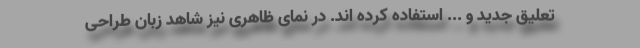
تعلیق جدید و ... استفاده کرده اند. در نمای ظاهری نیز شاهد زبان طراحی